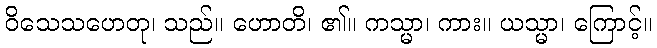
ဝိသေသဟေတု၊ သည်။ ဟောတိ၊ ၏။ ကသ္မာ၊ ကား။ ယသ္မာ၊ ကြောင့်။